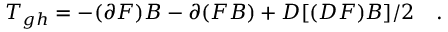
T _ { g h } = - ( \partial F ) B - \partial ( F B ) + D [ ( D F ) B ] / 2 \quad .